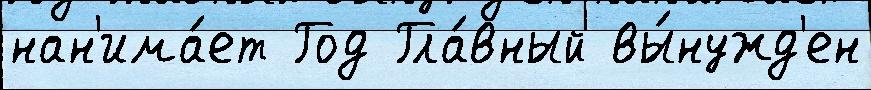
нан'има́ет Год Гла́вный вы́нужд'ен